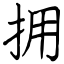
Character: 拥